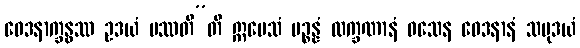
ဝေဒနာက္ခန္ဓဿ ဥဒယံ ပဿတီ”တိ ဣမေသံ ပဉ္စန္နံ လက္ခဏာနံ ဝသေန ဝေဒနာနံ သမုဒယံ